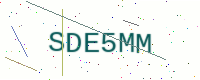
Text: SDE5MM